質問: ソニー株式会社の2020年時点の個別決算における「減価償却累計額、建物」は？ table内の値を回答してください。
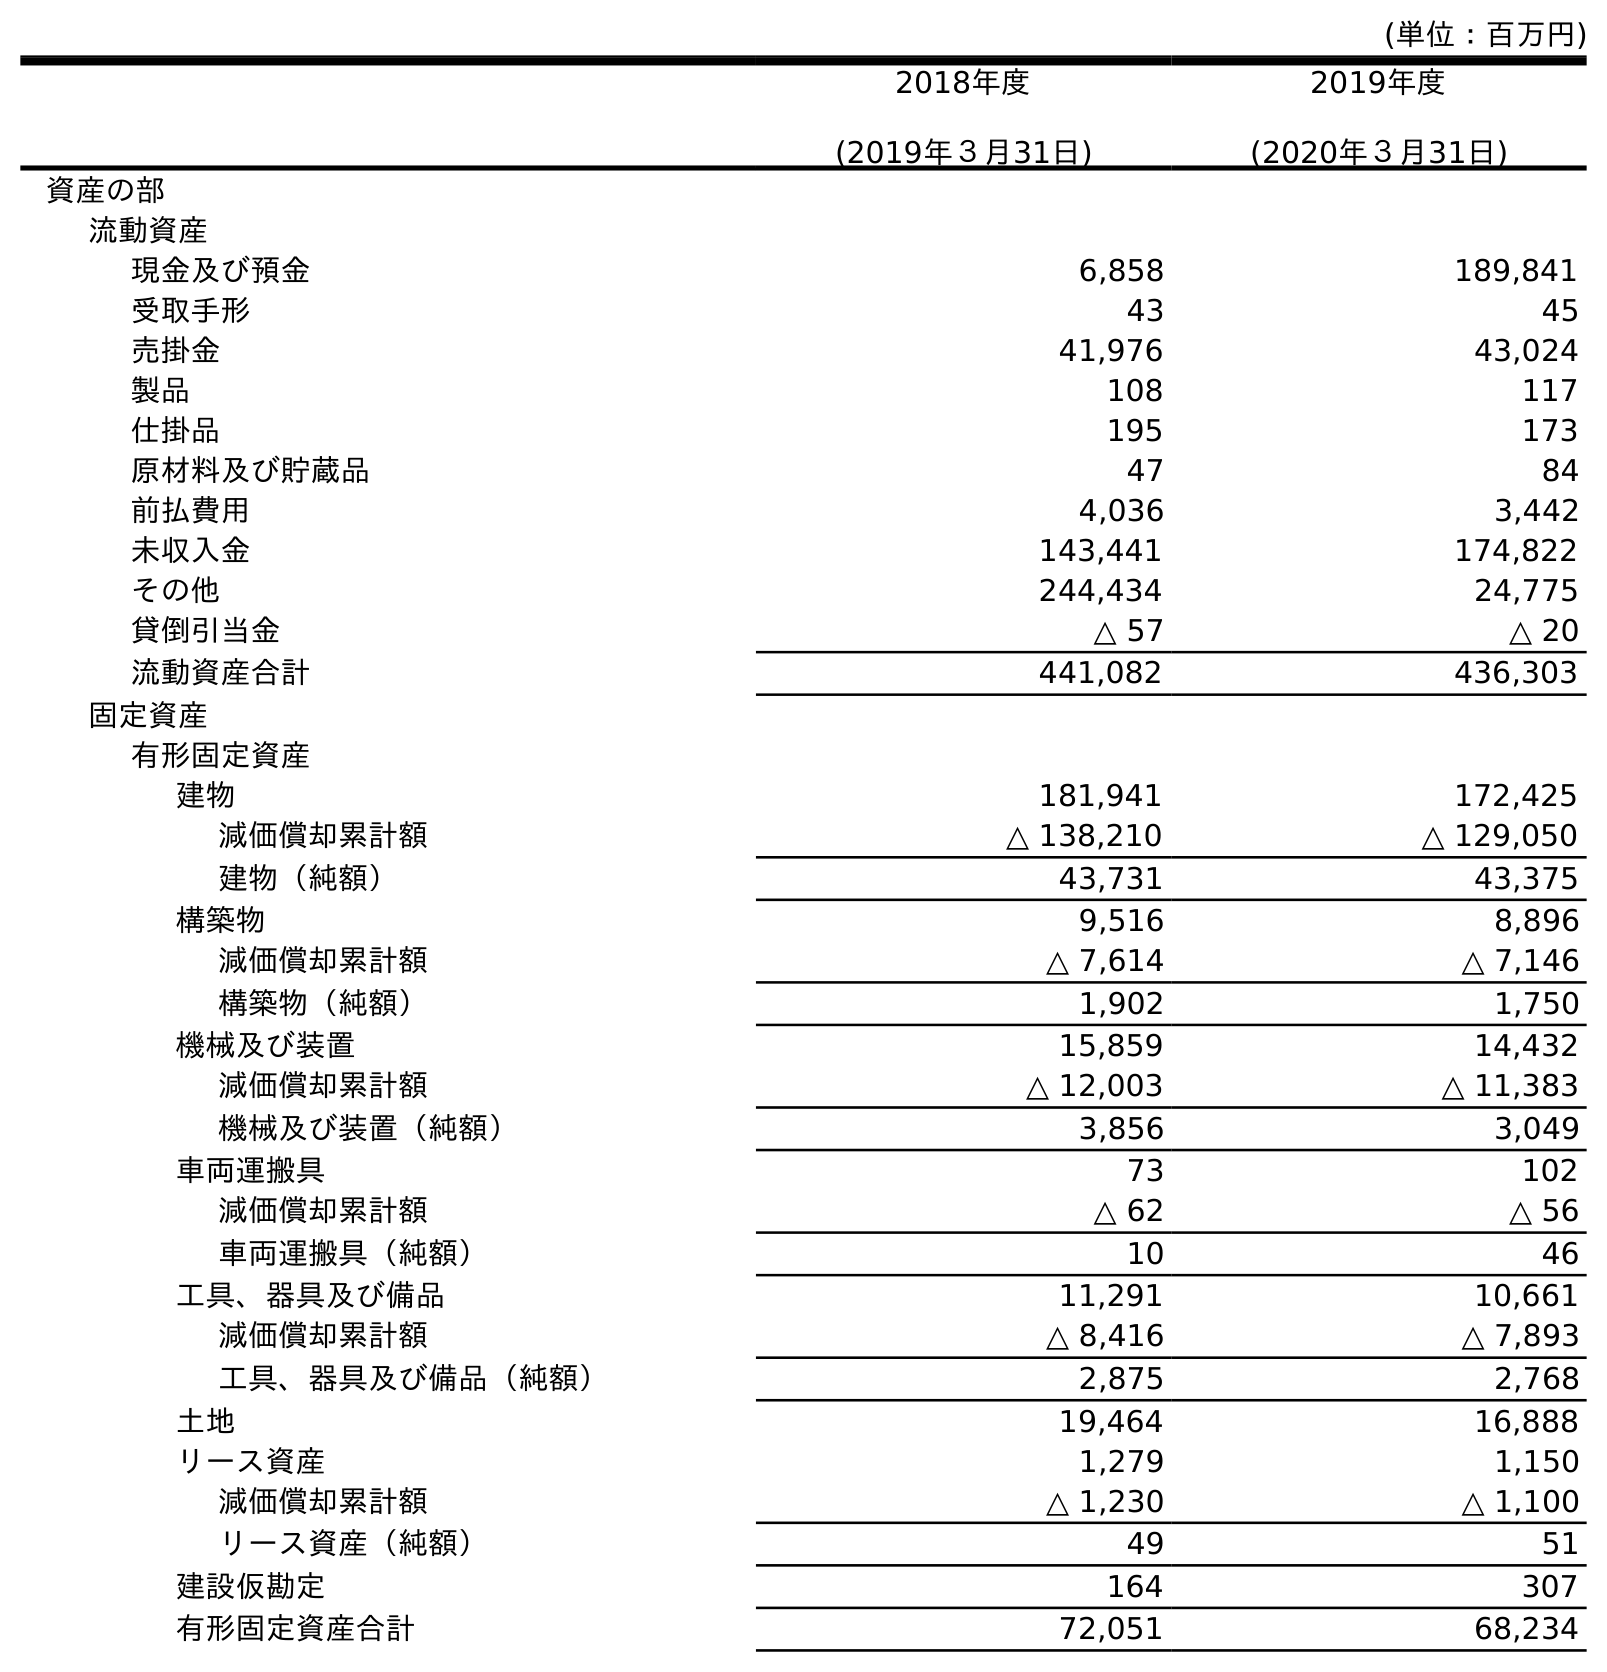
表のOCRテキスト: (単位：百万円) 2018年度 (2019年３月31日) 2019年度 (2020年３月31日) 資産の部 流動資産 現金及び預金 6,858 189,841 受取手形 43 45 売掛金 41,976 43,024 製品 108 117 仕掛品 195 173 原材料及び貯蔵品 47 84 前払費用 4,036 3,442 未収入金 143,441 174,822 その他 244,434 24,775 貸倒引当金 △ 57 △ 20 流動資産合計 441,082 436,303 固定資産 有形固定資産 建物 181,941 172,425 減価償却累計額 △ 138,210 △ 129,050 建物（純額） 43,731 43,375 構築物 9,516 8,896 減価償却累計額 △ 7,614 △ 7,146 構築物（純額） 1,902 1,750 機械及び装置 15,859 14,432 減価償却累計額 △ 12,003 △ 11,383 機械及び装置（純額） 3,856 3,049 車両運搬具 73 102 減価償却累計額 △ 62 △ 56 車両運搬具（純額） 10 46 工具、器具及び備品 11,291 10,661 減価償却累計額 △ 8,416 △ 7,893 工具、器具及び備品（純額） 2,875 2,768 土地 19,464 16,888 リース資産 1,279 1,150 減価償却累計額 △ 1,230 △ 1,100 リース資産（純額） 49 51 建設仮勘定 164 307 有形固定資産合計 72,051 68,234
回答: △129,050